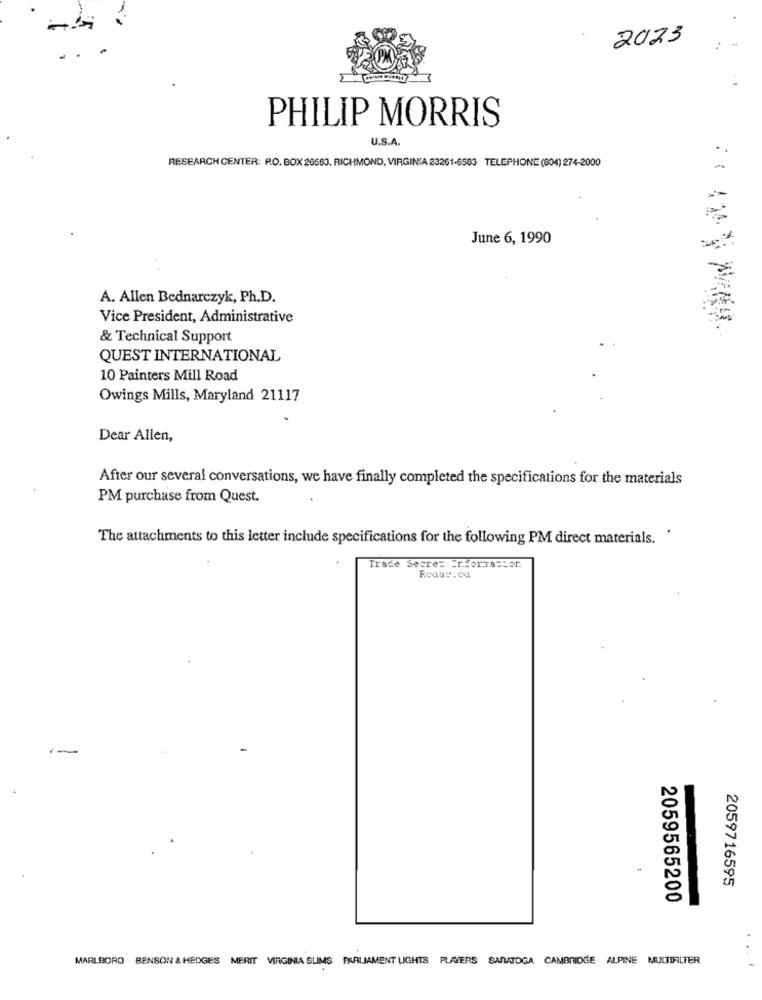
2023
PHILIP MORRIS
U.S.A.
RESEARCH CENTER: P.O. BOX 26583. RICHMOND, VIRGINIA 23261-6503 TELEPHONE (804) 274-2000
June 6, 1990
A. Allen Bednarczyk, Ph.D.
Vice President, Administrative
& Technical Support
QUEST INTERNATIONAL
10 Painters Mill Road
Owings Mills, Maryland 21117
Dear Allen,
After our several conversations, we have finally completed the specifications for the materials
PM purchase from Quest.
The attachments to this letter include specifications for the following PM direct materials.
Trade Secret ErForrastor.
Roaut.ca
2059716595
2059565200
MARLBORO BENSON & HEDGES MERIT VIRGINIA SLIMS PARLIAMENT LIGHTS PLATERS SARATOGA CAMBRIDGE ALPINE MULTIFILTER